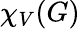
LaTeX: \chi_{V}(G)